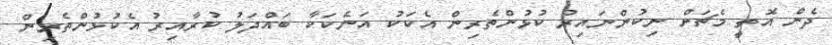
ދެން އޮތީ މެޗަށް ނިކުންނައިރު ކުޅުންތެރިން އެކަކު އަނެކަކާ ބައްދަލު ކުރާއިރު އެކުޅުންތެރިން